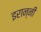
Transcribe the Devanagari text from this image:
इरान्नी